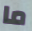
ما